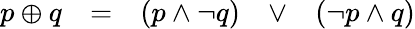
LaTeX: \begin{array}{lllll}{p\oplus q}&{=}&{(p\land\lnot q)}&{\lor}&{(\lnot p\land q)}\end{array}